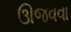
ઊજવવા